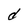
Character: d